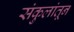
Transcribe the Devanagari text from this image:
संकुलांतून